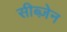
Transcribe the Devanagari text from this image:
सीब्ज़ेन